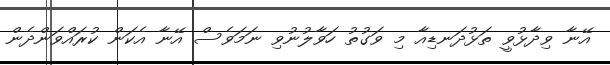
އޭނާ ވިދާޅުވީ ތަޅުދަނޑިއާ މި ވަގުތު ހަވާލުނުވި ނަމަވެސް އޭނާ އެކަން ކުރައްވަންދެން